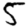
Digit: 5